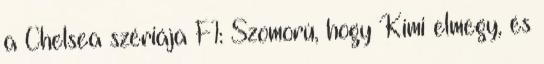
a Chelsea szériája F1: Szomorú, hogy Kimi elmegy, és